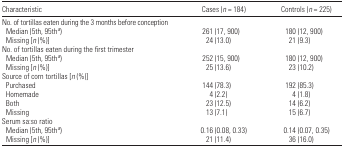
<table><thead><tr><td><b>Characteristic</b></td><td><b>Cases (<i>n</i> = 184)</b></td><td><b>Controls (<i>n</i> = 225)</b></td></tr></thead><tbody><tr><td colspan="3">No. of tortillas eaten during the 3 months before conception</td></tr><tr><td> Median (5th, 95tha)</td><td>261 (17, 900)</td><td>180 (12, 900)</td></tr><tr><td> Missing [<i>n</i> (%)]</td><td>24 (13.0)</td><td>21 (9.3)</td></tr><tr><td colspan="3">No. of tortillas eaten during the first trimester</td></tr><tr><td> Median (5th, 95tha)</td><td>252 (15, 900)</td><td>180 (12, 900)</td></tr><tr><td> Missing [<i>n</i> (%)]</td><td>25 (13.6)</td><td>23 (10.2)</td></tr><tr><td colspan="3">Source of corn tortillas [<i>n</i> (%)]</td></tr><tr><td> Purchased</td><td>144 (78.3)</td><td>192 (85.3)</td></tr><tr><td> Homemade</td><td>4 (2.2)</td><td>4 (1.8)</td></tr><tr><td> Both</td><td>23 (12.5)</td><td>14 (6.2)</td></tr><tr><td> Missing</td><td>13 (7.1)</td><td>15 (6.7)</td></tr><tr><td colspan="3">Serum sa:so ratio</td></tr><tr><td> Median (5th, 95tha)</td><td>0.16 (0.08, 0.33)</td><td>0.14 (0.07, 0.35)</td></tr><tr><td> Missing [<i>n</i> (%)]</td><td>21 (11.4)</td><td>36 (16.0)</td></tr></tbody></table>